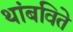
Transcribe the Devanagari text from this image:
थांबविते